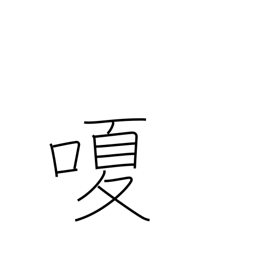
Meaning: hoarse